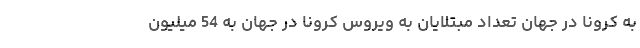
به کرونا در جهان تعداد مبتلایان به ویروس کرونا در جهان به 54 میلیون